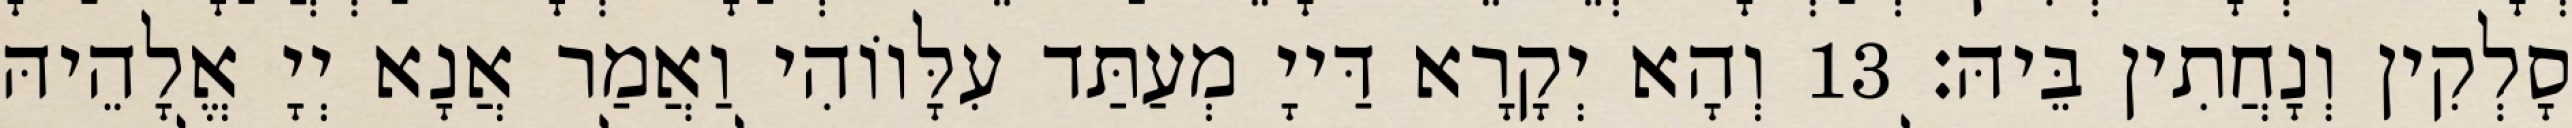
סָלְקִין וְנָחֲתִין בֵּיהּ׃ 13 וְהָא יְקָרָא דַּייָ מְעַתַּד עִלָּווֹהִי וַאֲמַר אֲנָא יְיָ אֱלָהֵיהּ